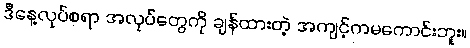
ဒီနေ့လုပ်စရာ အလုပ်တွေကို ချန်ထားတဲ့ အကျင့်ကမကောင်းဘူး။